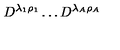
D ^ { \lambda _ { 1 } \rho _ { 1 } } \dots D ^ { \lambda _ { A } \rho _ { A } }